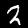
Label: 2